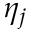
\eta _ { j }